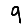
Digit: 9